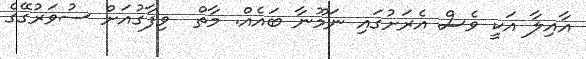
އާއިލާ އަކީ ވެސް އެރަށުގައި ނަމޫނާ ބައެއް. މާތް  ވިފާގުއަށް ސުވަރުގޭގެ